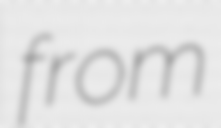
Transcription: from